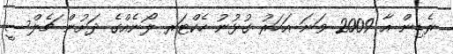
ރެޑިން އާ 2009 ވަނަ އަހަރު ގުޅުނު ހެކްޓަރ ލޯނެއްގެ ދަށުން ޗެލްސީ